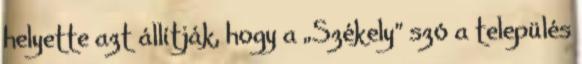
helyette azt állítják, hogy a „Székely” szó a település